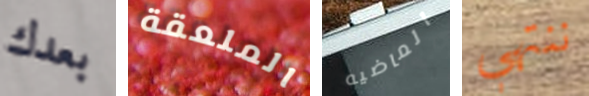
بعدك الملعقة الماضيه ننتهي